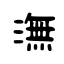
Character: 潕